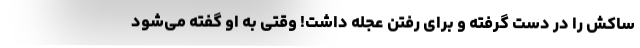
ساکش را در دست گرفته و برای رفتن عجله داشت! وقتی به او گفته می‌شود